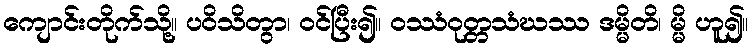
ကျောင်းတိုက်သို့။ ပဝိသိတွာ၊ ဝင်ပြီး၍။ ဝဿံဝုတ္တသံဃဿ ဒမ္မိတိ၊ မ္မိ ဟူ၍။